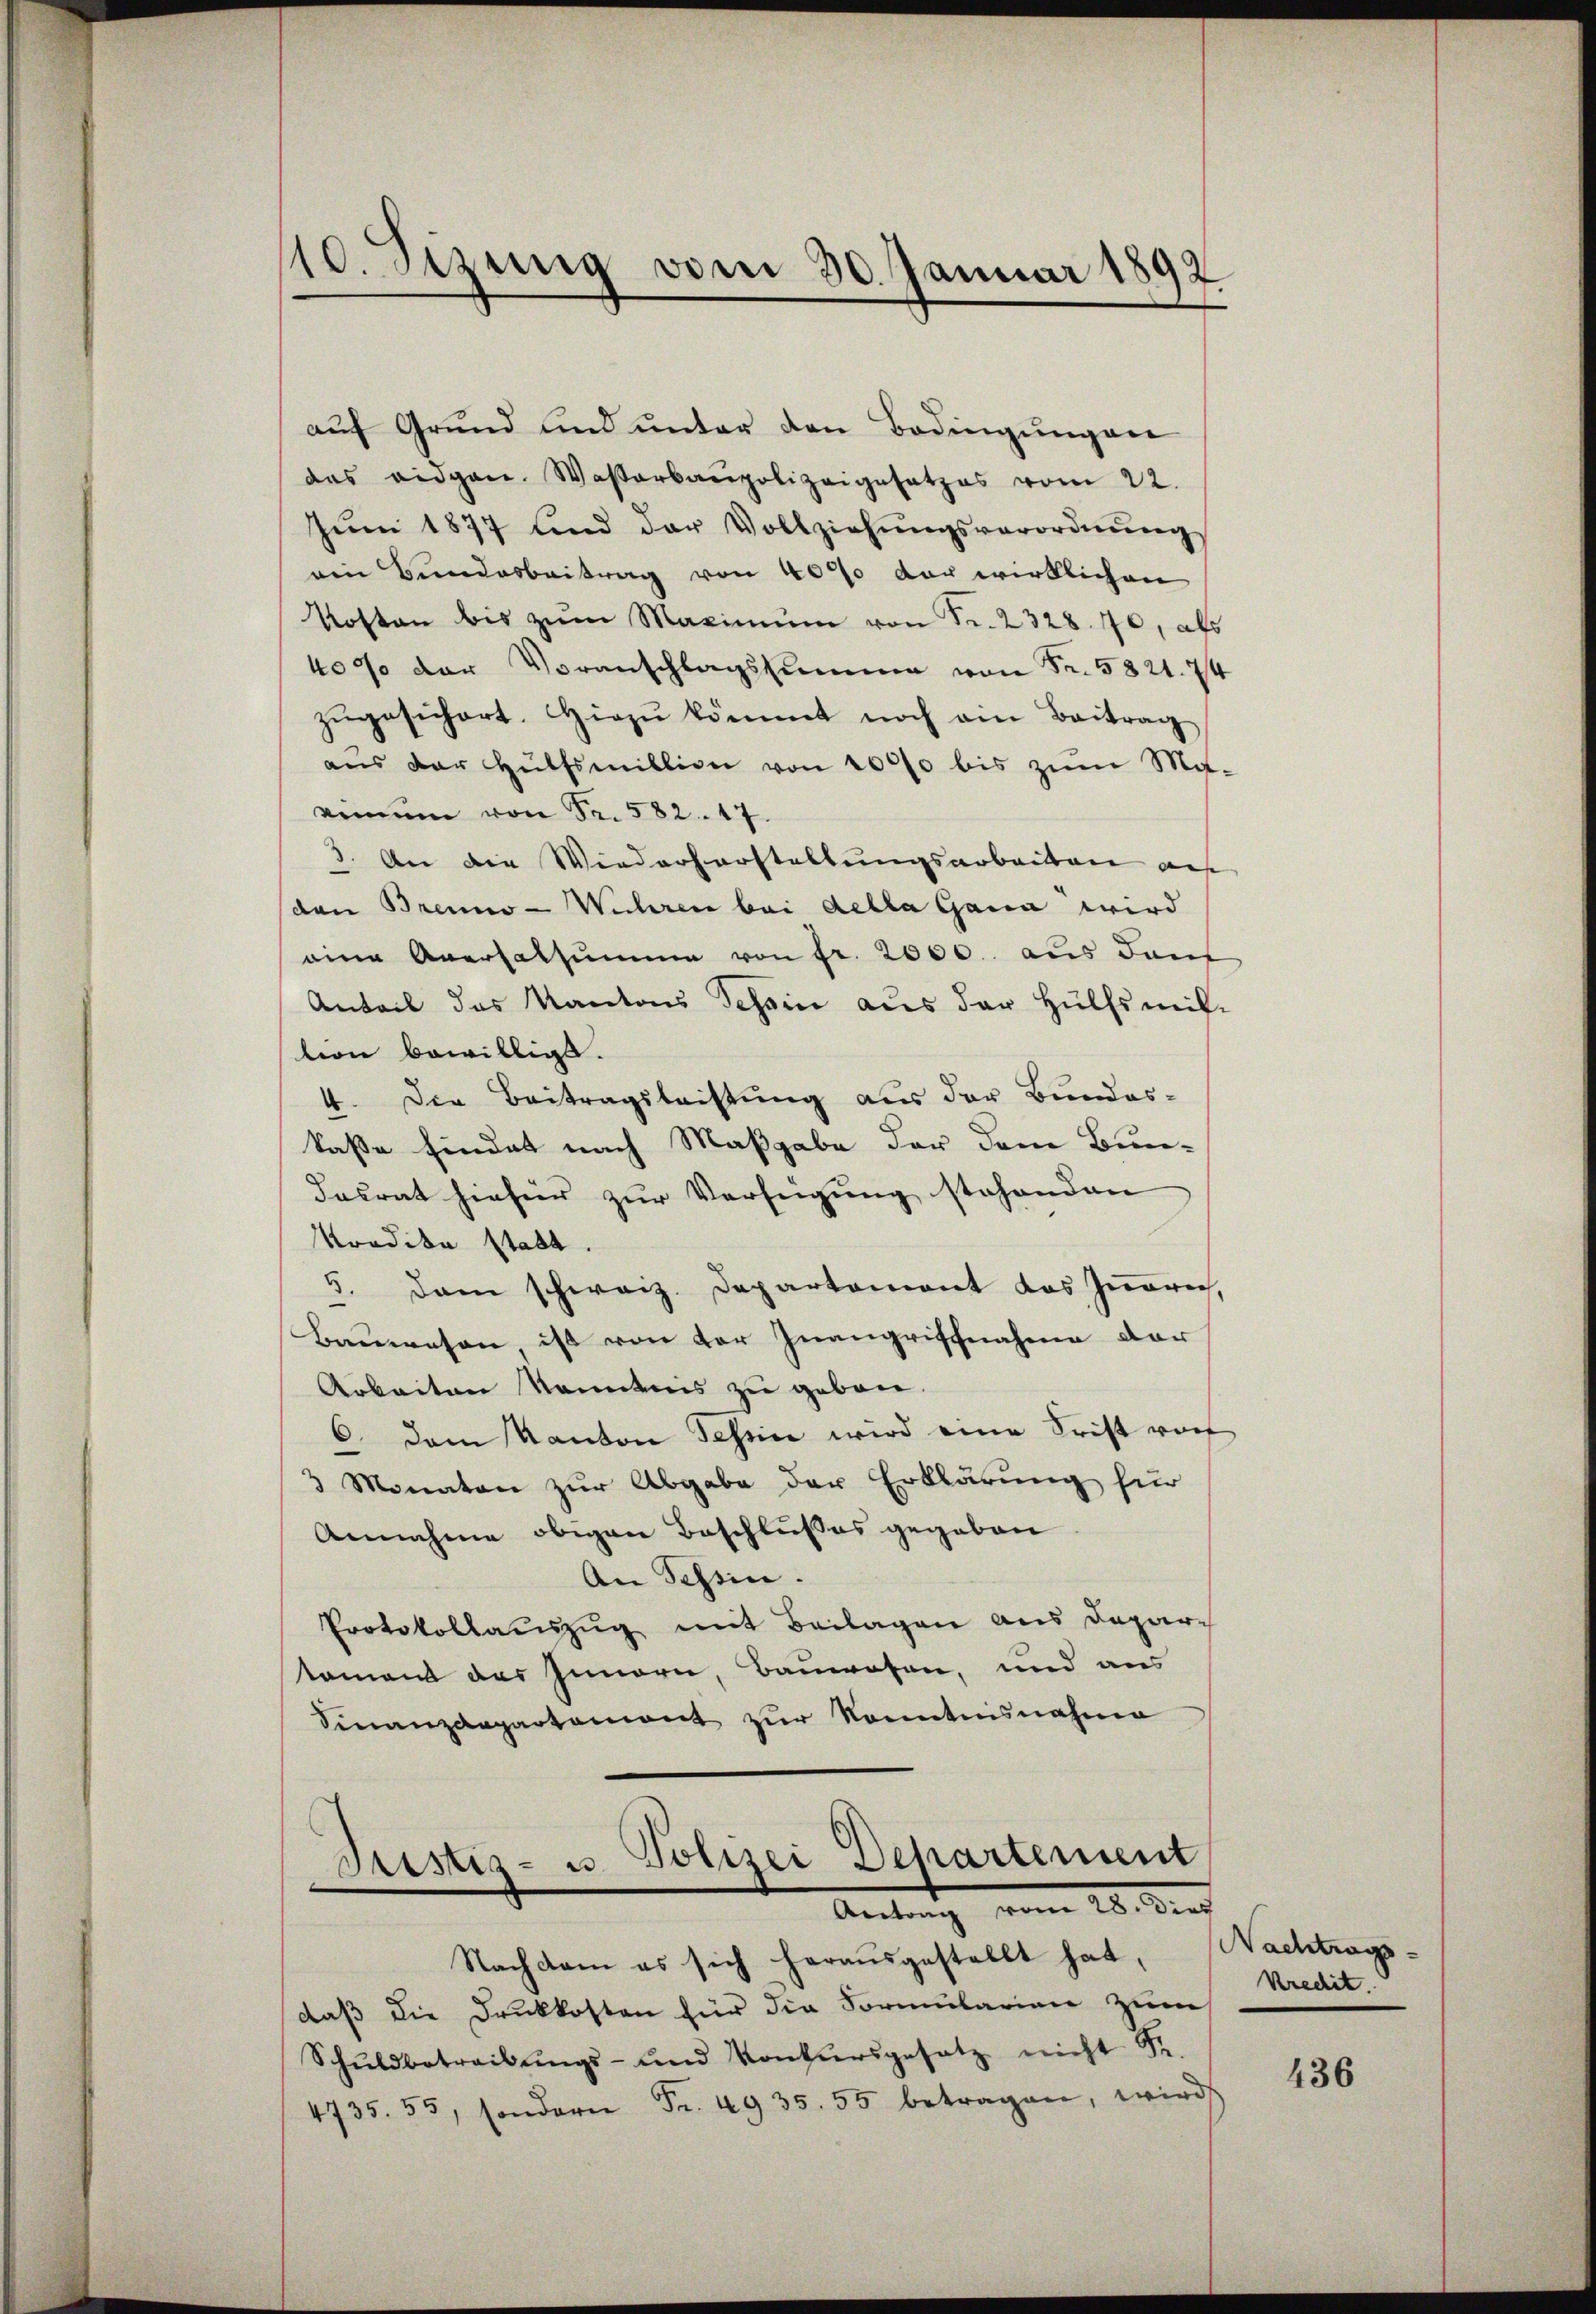
10. Setzung vom 30. Januar 1892

Justiz- u Polizei Departement
Antrag vom 28. Der

Nachdem es sich heraŭsgestellt hat,
daß die Druckkosten für die Formularian zum
Schŭldbetreibŭngs- und Konkursgesetz nicht Sr.
4735. 55, sondern Fr. 4935. 55 betragen, wird

auf Grund und unter den Bedingungen
das eidgen. Wasserbaupolizeigesetzes vom 22.
Jŭni 1877 und der Vollziehŭngsverordnŭng
ein Bundesbeitrag von 4000 vor wirklichen
Kosten bis zŭm Maximum von Fr. 2328. 70, als
40% der Voranschlagssumme von Fr. 5821. 74
zŭgesichert. Hiezŭ kömmt noch ein Beitrag
aus der Hülfsmillion von 2000 bis zum Ma-
rinum von Fr. 582. 17.
3. An die Wiederherstaltungsarbeiten auf
den Brenno-Wuhren bei della Gana wird
eine Aversalsumme von fr. 2000. aus dem
Anteil des Kantons Tessin aus der Hülfsmit-
tion bewilligt.
4. Der Beitragsleistung aus der Bundes-
kaße findet nach Maßgabe der dem Bun-
dasrat hiefür zur Verfügung stehenden |
Kredita statt.
5. dan schweiz. Departement das Inneren,
Bauwesen ist von der Inangriffnahme der
Arbeiten Kenntnis zu geben.
6. dem Kanton Schne wird eine Frist vor
3 Monaten zur Abgabe der Erklärung für
Annahme obigen Beschlußes gegeben
An Tessin.
Protokollauszug mit Beilagen aus Deparkoment des Innern, Bauwesen, und aus
Finanzdepartement zŭr konntesnahme

Nachtrags
kredit.

436